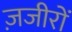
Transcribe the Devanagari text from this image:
ज़जीरों